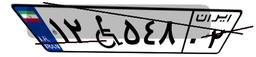
۵۷W۰۶۵۹۲